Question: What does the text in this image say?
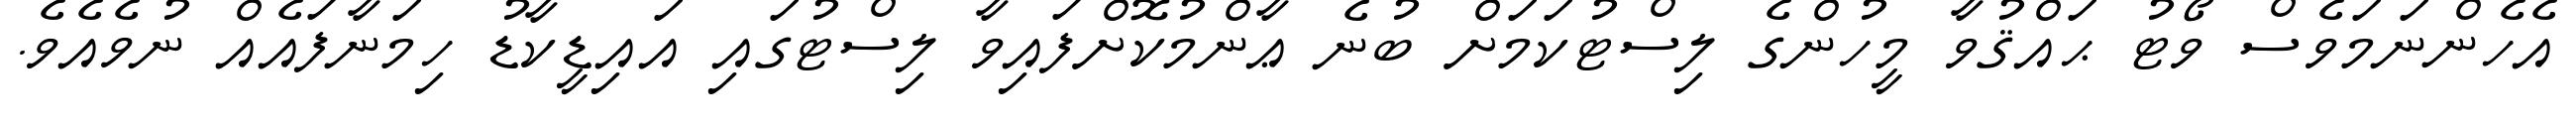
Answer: އެހެންނަމަވެސް ވޯޓު ޙައްޤުވާ މީހުންގެ ލިސްޓުކަމަށް ބުނެ ޢާންމުކޮށްފައިވާ ލިސްޓުގައި އައިޑީކާޑު ހިމަނާފައެއް ނުވެއެވެ.